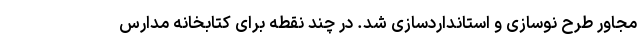
مجاور طرح نوسازی و استانداردسازی شد. در چند نقطه برای کتابخانه مدارس